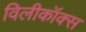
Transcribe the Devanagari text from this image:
विलीकॉक्स